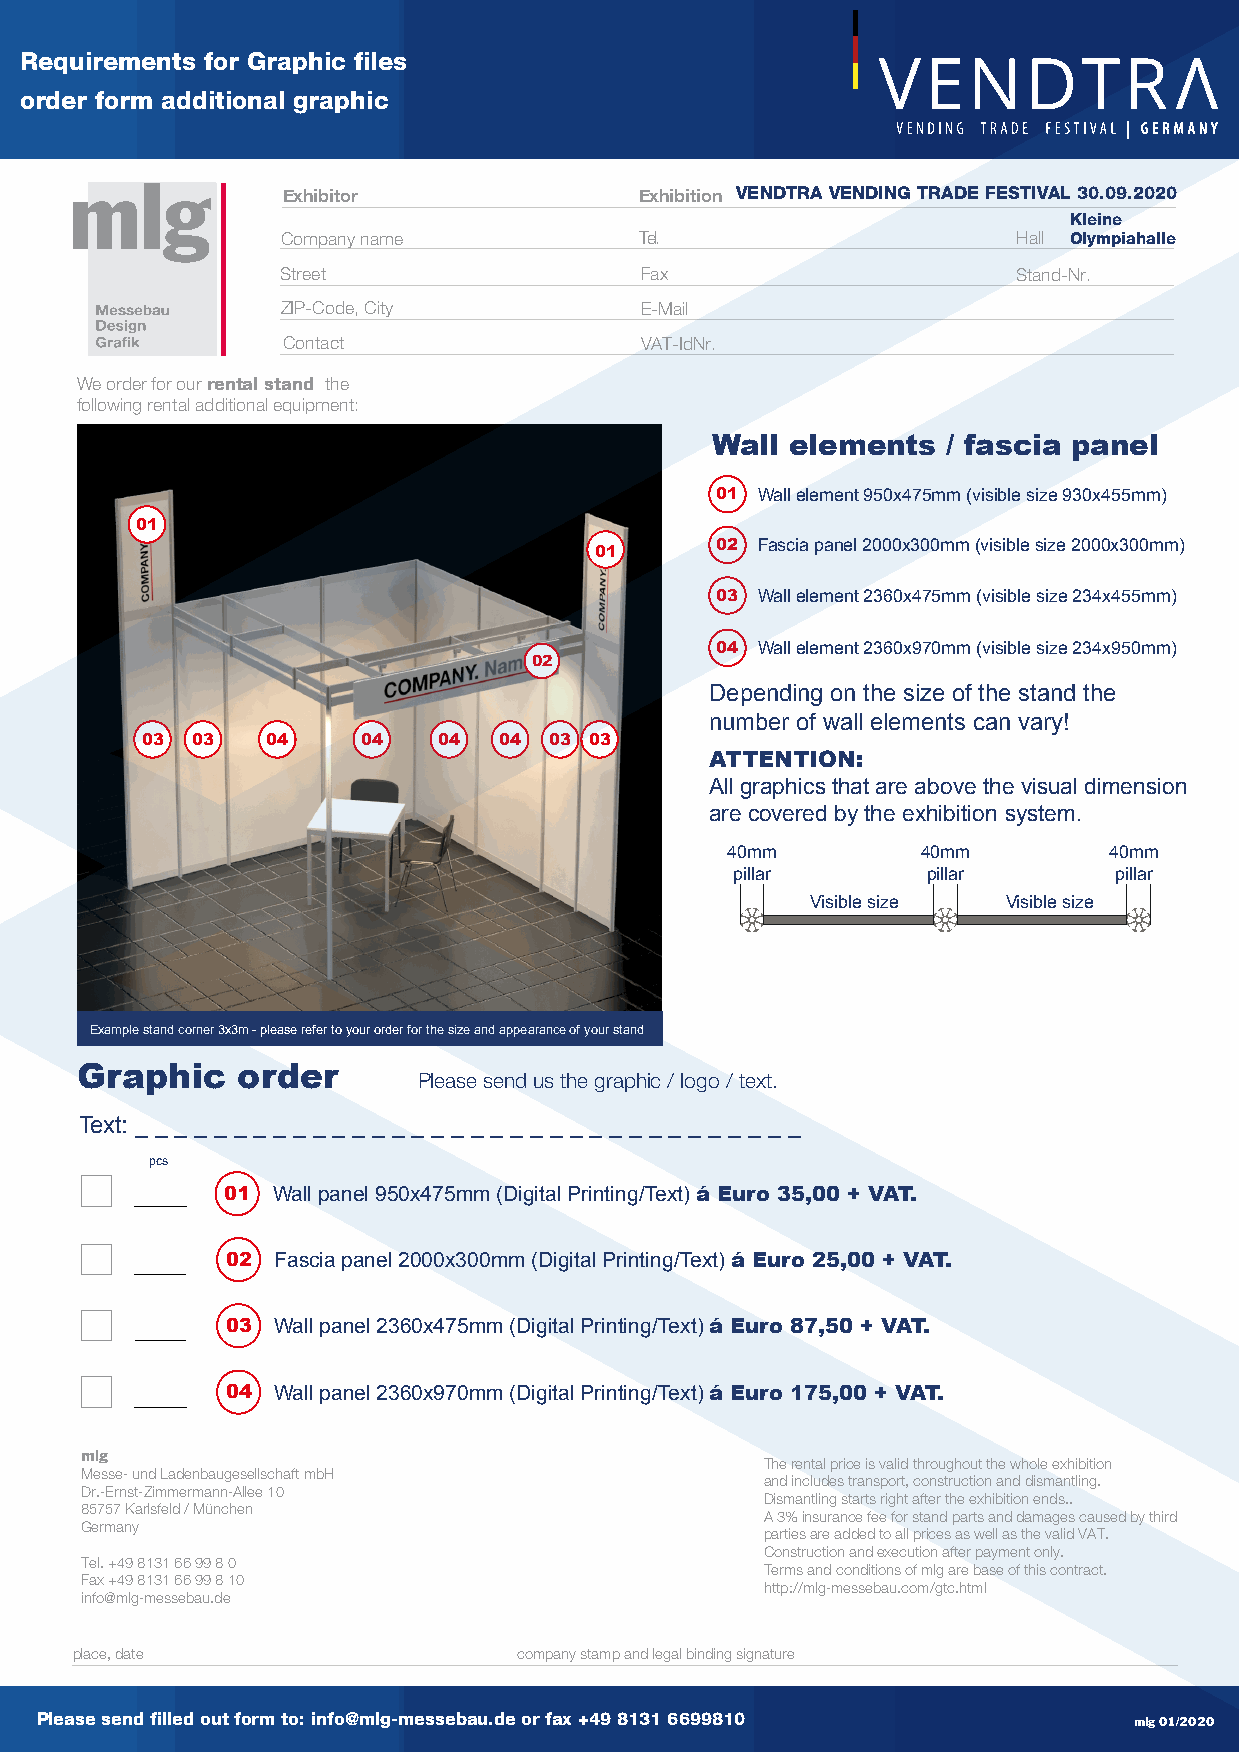
Requirements for Graphic files
 order form additional graphic
 VENDTRA VENDING TRADE FESTIVAL 30.09.2020
 Exhibitor              Exhibition
 Kleine
 Company name           Tel.                     Hall Olympiahalle
 Street                 Fax                      Stand-Nr.
 ZIP-Code, City         E-Mail
 Contact                VAT-IdNr.
 We order for our rental stand the
 following rental additional equipment:
 Wall elements   / fascia panel
 01 Wall element 950x475mm (visible size 930x455mm)
 01
 01      02 Fascia panel 2000x300mm (visible size 2000x300mm)
 03 Wall element 2360x475mm (visible size 234x455mm)
 04 Wall element 2360x970mm (visible size 234x950mm)
 02
 Depending on the size of the stand the
 number of wall elements can vary!
 03  03   04    04   04  04 03 03
 ATTENTION:
 All graphics that are above the visual dimension
 are covered by the exhibition system.
 40mm         40mm        40mm
 pillar      pillar       pillar
 Visible size Visible size
 Example stand corner 3x3m - please refer to your order for the size and appearance of your stand
 Graphic    order
 Please send us the graphic / logo / text.
 Text: _ _ _ _ _ _ _ _ _ _ _ _ _ _ _ _ _ _ _ _ _ _ _ _ _ _ _ _ _ _ _ _ _ _
 pcs
 01 Wall panel 950x475mm (Digital Printing/Text) á Euro 35,00 + VAT.
 02 Fascia panel 2000x300mm (Digital Printing/Text) á Euro 25,00 + VAT.
 03 Wall panel 2360x475mm (Digital Printing/Text) á Euro 87,50 + VAT.
 04 Wall panel 2360x970mm (Digital Printing/Text) á Euro 175,00 + VAT.
 mlg
 The rental price is valid throughout the whole exhibition
 Messe- und Ladenbaugesellschaft mbH
 and includes transport, construction and dismantling.
 Dr.-Ernst-Zimmermann-Allee 10
 Dismantling starts right after the exhibition ends..
 85757 Karlsfeld / München
 A 3% insurance fee for stand parts and damages caused by third
 Germany
 parties are added to all prices as well as the valid VAT.
 Construction and execution after payment only.
 Tel. +49 8131 66 99 8 0
 Terms and conditions of mlg are base of this contract.
 Fax +49 8131 66 99 8 10
 http://mlg-messebau.com/gtc.html
 info@mlg-messebau.de
 place, date                  company stamp and legal binding signature
 Please send filled out form to: info@mlg-messebau.de or fax +49 8131 6699810 mlg 01/2020